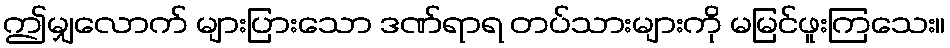
ဤမျှလောက် များပြားသော ဒဏ်ရာရ တပ်သားများကို မမြင်ဖူးကြသေး။